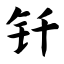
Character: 钎